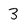
Character: 3